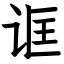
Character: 诓